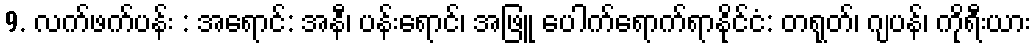
9. လက်ဖက်ပန်း : အရောင်: အနီ၊ ပန်းရောင်၊ အဖြူ ပေါက်ရောက်ရာနိုင်ငံ: တရုတ်၊ ဂျပန်၊ ကိုရီးယား